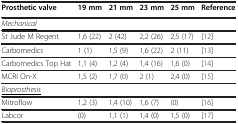
<table><thead><tr><td><b>Prosthetic valve</b></td><td><b>19 mm</b></td><td><b>21 mm</b></td><td><b>23 mm</b></td><td><b>25 mm</b></td><td><b>Reference</b></td></tr></thead><tbody><tr><td><i><underline>Mechanical</underline></i></td><td> </td><td> </td><td> </td><td> </td><td> </td></tr><tr><td>St Jude M Regent</td><td>1,6 (22)</td><td>2 (42)</td><td>2,2 (26)</td><td>2,5 (17)</td><td>[12]</td></tr><tr><td>Carbomedics</td><td>1 (1)</td><td>1,5 (9)</td><td>1,6 (22)</td><td>2 (11)</td><td>[13]</td></tr><tr><td>Carbomedics Top Hat</td><td>1,1 (4)</td><td>1,2 (4)</td><td>1,4 (16)</td><td>1,6 (0)</td><td>[14]</td></tr><tr><td>MCRI On-X</td><td>1,5 (2)</td><td>1,7 (0)</td><td>2 (1)</td><td>2,4 (0)</td><td>[15]</td></tr><tr><td><i><underline>Bioprosthesis</underline></i></td><td> </td><td> </td><td> </td><td> </td><td> </td></tr><tr><td>Mitroflow</td><td>1,2 (3)</td><td>1,4 (10)</td><td>1,6 (7)</td><td>(0)</td><td>[16]</td></tr><tr><td>Labcor</td><td>(0)</td><td>1,1 (1)</td><td>1,4 (0)</td><td>1,5 (0)</td><td>[17]</td></tr></tbody></table>